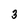
Character: 3